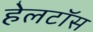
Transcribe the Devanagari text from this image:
हेलटॉस